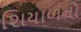
શિયાળનો